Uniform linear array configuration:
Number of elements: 48
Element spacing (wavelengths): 0.5
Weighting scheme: cosine
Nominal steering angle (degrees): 30
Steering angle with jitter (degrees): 30.189
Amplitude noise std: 0.05
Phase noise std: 0.05

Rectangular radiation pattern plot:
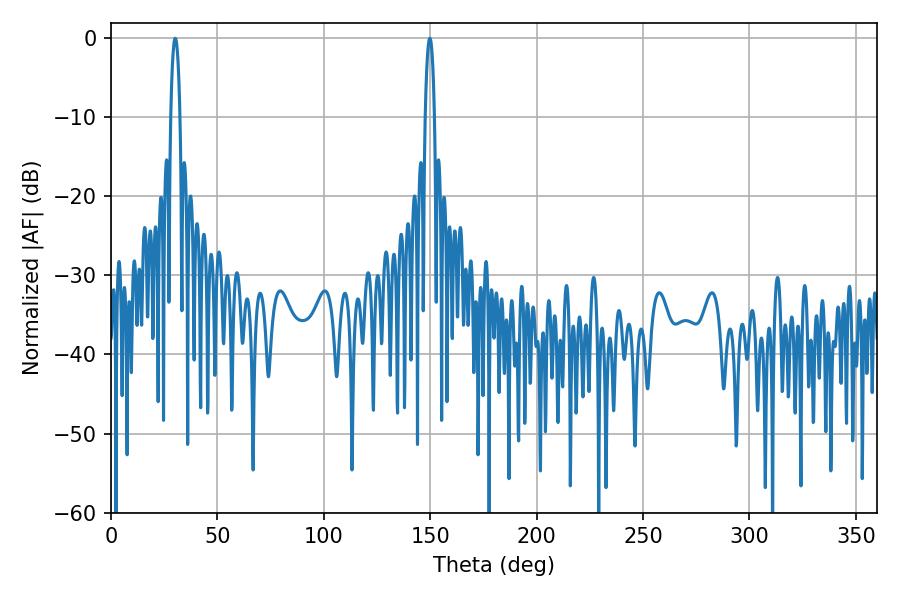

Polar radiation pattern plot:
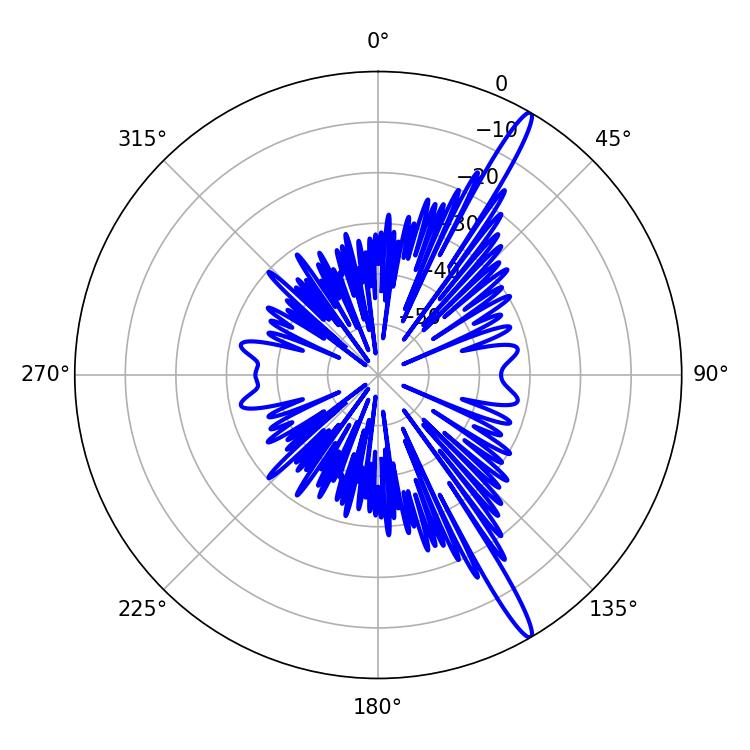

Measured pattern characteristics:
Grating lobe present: FALSE
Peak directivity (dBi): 16.113
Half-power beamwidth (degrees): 2.34
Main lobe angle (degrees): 30.24